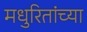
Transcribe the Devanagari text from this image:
मधुरितांच्या